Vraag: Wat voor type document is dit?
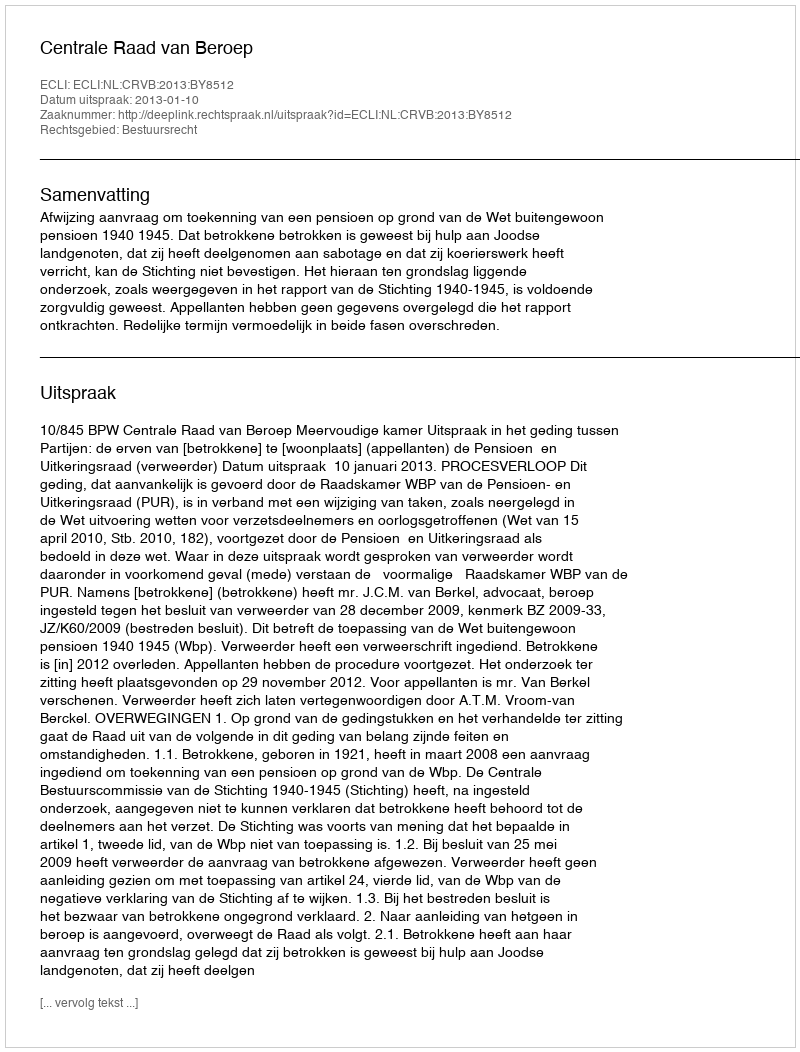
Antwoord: Uitspraak